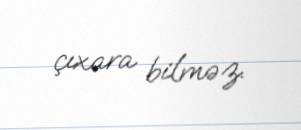
çıxara bilməz.